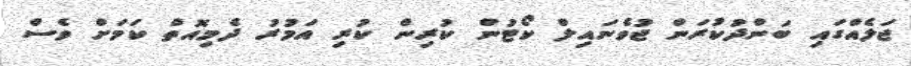
ޖަލެއްގައި ބަންދުކުރަން ޖުވެނައިލް ކޯޓުން ކުރިން ކުރި އަމުރު ދެމިއޮތް ކަމަށް ވެސް